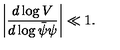
\left| \frac { d \log V } { d \log \bar { \psi } \psi } \right| \ll 1 .